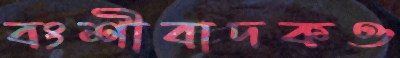
বংশীবাদকও